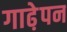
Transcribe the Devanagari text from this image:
गाढे़पन